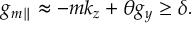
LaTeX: g _ { m \parallel } \approx - m k _ { z } + \theta g _ { y } \geq \delta .